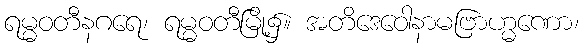
ရမ္မဝတီနဂရေ၊ ရမ္မဝတီမြို့၌။ အတိဒေဝေါနာမဗြာဟ္မဏော၊